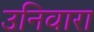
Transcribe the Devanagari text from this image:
उनिवारा